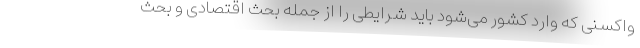
واکسنی که وارد کشور می‌شود باید شرایطی را از جمله بحث اقتصادی و بحث